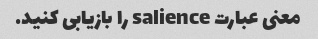
معنی عبارت salience را بازیابی کنید.